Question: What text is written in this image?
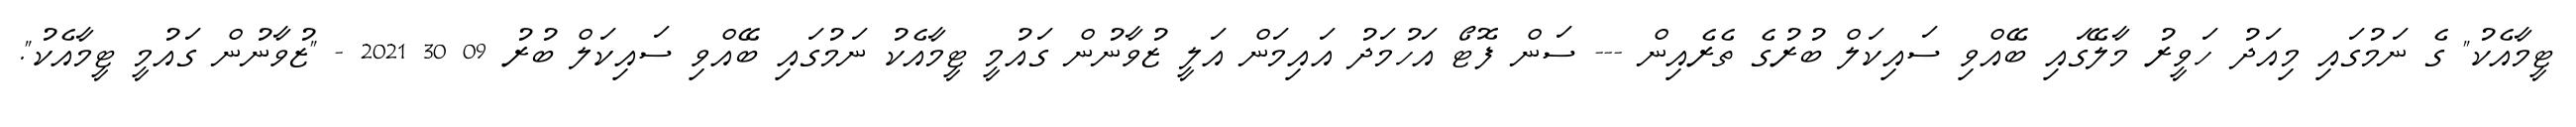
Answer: ޓީމާއެކު" ގެ ނަމުގައި މިއަދު ހަވީރު މާލޭގައި ބޭއްވި ސައިކަލް ބުރުގެ ތެރެއިން --- ސަން ފޮޓޯ އަހުމަދު އައިމަން އަލީ ޒުވާނުން ގައުމީ ޓީމާއެކު ނަމުގައި ބޭއްވި ސައިކަލް ބުރު 09 30 2021 - "ޒުވާނުން ގައުމީ ޓީމާއެކު".